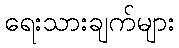
ရေးသားချက်များ